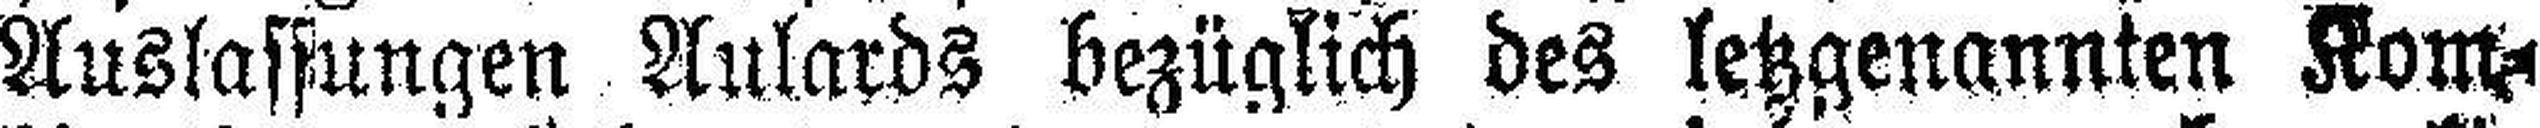
Auslassungen Aulards bezüglich des letzgenannten Kom¬